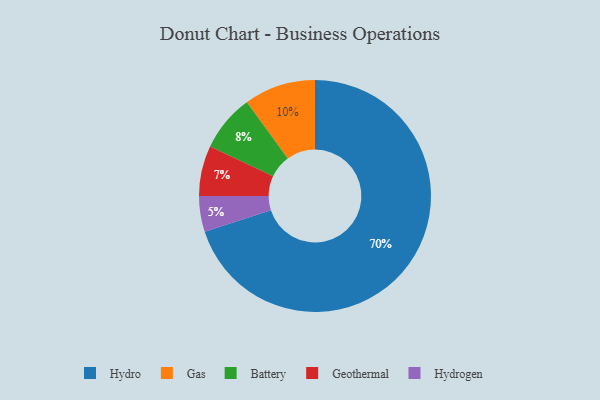
{"axis": {"x": "Category", "y": "Percentage"}, "legend": ["Battery", "Gas", "Geothermal", "Hydro", "Hydrogen"], "data": [{"x": "Hydro", "y": 70, "type": "Hydro"}, {"x": "Geothermal", "y": 7, "type": "Geothermal"}, {"x": "Battery", "y": 8, "type": "Battery"}, {"x": "Hydrogen", "y": 5, "type": "Hydrogen"}, {"x": "Gas", "y": 10, "type": "Gas"}]}